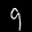
Label: 9